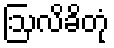
ဩလိခိတုံ